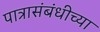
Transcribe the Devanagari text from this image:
पात्रासंबंधीच्या